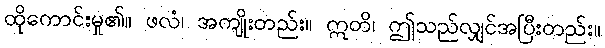
ထိုကောင်းမှု၏။ ဖလံ၊ အကျိုးတည်း။ ဣတိ၊ ဤသည်လျှင်အပြီးတည်း။